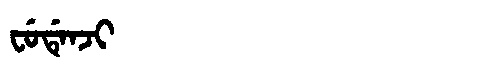
Manchu: ᠸᡠᡩᡝᠨᠵᡳ
Romanization: FUDENJI